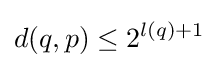
d(q,p)\leq 2^{l(q)+1}